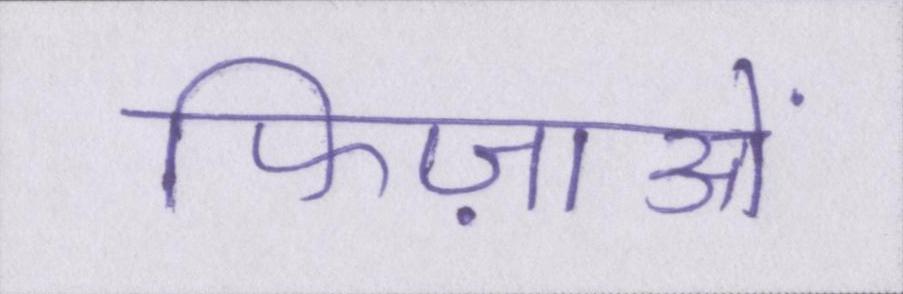
फिज़ाओं